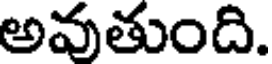
అవుతుంది.